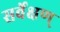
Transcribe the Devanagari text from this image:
सर्वेक्षण्